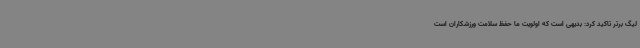
لیگ برتر تاکید کرد: بدیهی است که اولویت ما حفظ سلامت ورزشکاران است